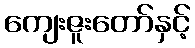
ကျေးဇူးတော်နှင့်